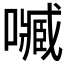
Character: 𡁧